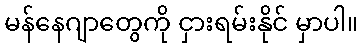
မန်နေဂျာတွေကို ငှားရမ်းနိုင် မှာပါ။